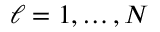
\ell = 1 , \ldots , N